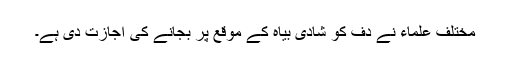
مختلف علماء نے دف کو شادی بیاہ کے موقع پر بجانے کی اجازت دی ہے۔